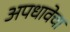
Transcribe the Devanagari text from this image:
अपधावेचा